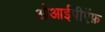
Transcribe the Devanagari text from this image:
ओआईपीऍफ़